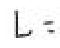
$L =$